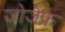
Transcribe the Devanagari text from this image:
जोजेफ़